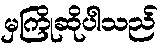
မှကြိုဆိုပါသည်